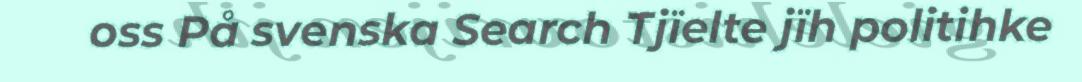
oss På svenska Search Tjïelte jïh politihke